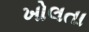
ખોલતા